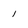
Character: i